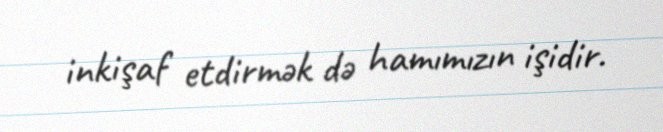
inkişaf etdirmək də hamımızın işidir.